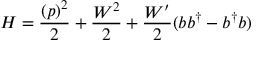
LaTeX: H = { \frac { ( p ) ^ { 2 } } { 2 } } + { \frac { { W } ^ { 2 } } { 2 } } + { \frac { W ^ { \prime } } { 2 } } ( b b ^ { \dagger } - b ^ { \dagger } b )